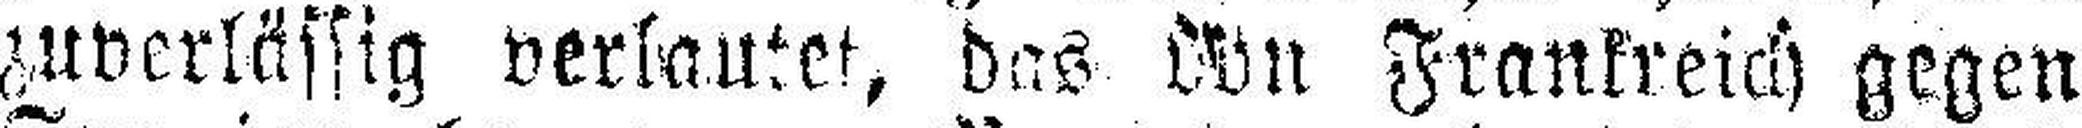
zuverlässig verlautet, das Von Frankreich gegen